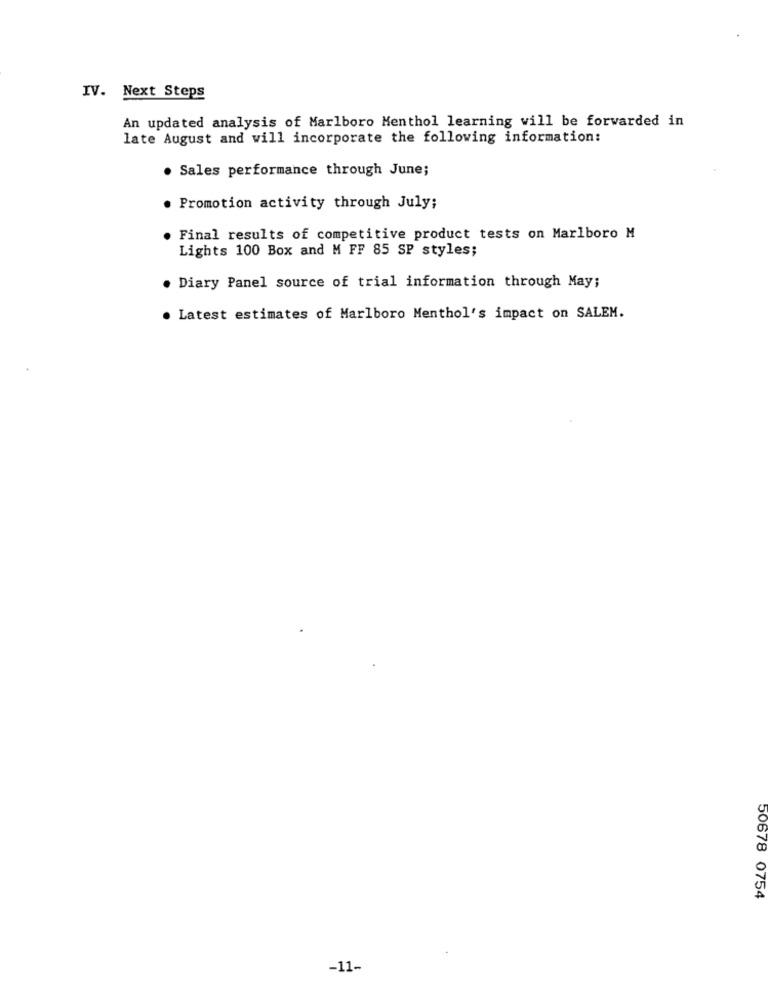
IV. Next Steps
An updated analysis of Marlboro Menthol learning will be forwarded in
late August and will incorporate the following information:
. Sales performance through June;
. Promotion activity through July;
. Final results of competitive product tests on Marlboro M
Lights 100 Box and M FF 85 SP styles;
. Diary Panel source of trial information through May;
. Latest estimates of Marlboro Menthol's impact on SALEM.
50678 0754
-11-